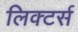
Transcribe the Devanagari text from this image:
लिक्टर्स